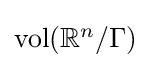
{\textstyle \operatorname {vol} (\mathbb {R} ^{n}/\Gamma )}